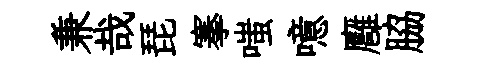
兼哉琵搴嗤噫廱脇